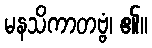
မနသိကာတဗ္ဗံ၊ ၏။